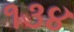
૧૩૪